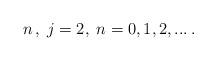
LaTeX: \begin{align*}n\,,\;j=2,\;n=0,1,2,...\,.\end{align*}